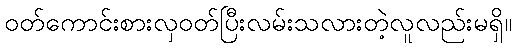
ဝတ်ကောင်းစားလှဝတ်ပြီးလမ်းသလားတဲ့လူလည်းမရှိ။